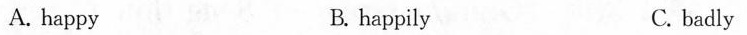
A. happy B. happily C. badly